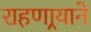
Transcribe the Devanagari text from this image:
राहणार्‍याने